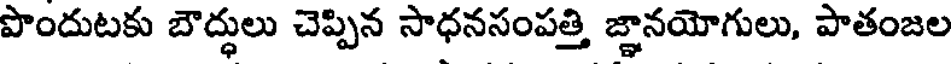
పొందుటకు బౌద్ధులు చెప్పిన సాధనసంపత్తి జ్ఞానయోగులు, పాతంజల